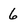
Character: 6